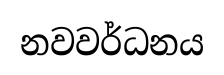
නවවර්ධනය